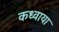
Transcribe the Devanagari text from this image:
कध्वाया